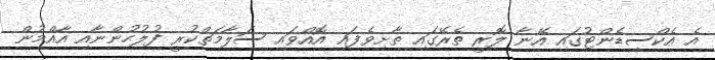
އެ އެކްސިޑެންޓުގައި އޭނާ ލޮރީ ތެރޭގައި ތާށިވެފައި އޮއްވައި ސަލާމަތްކުރީ ފުލުހުންނާއި އާއްމުން